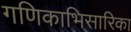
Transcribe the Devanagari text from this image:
गणिकाभिसारिका